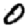
Digit: 0